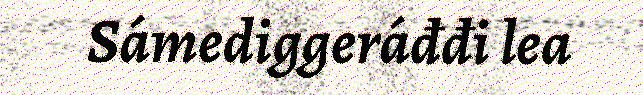
Sámediggeráđđi lea